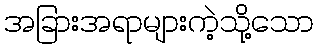
အခြားအရာများကဲ့သို့သော